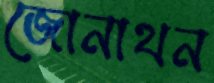
জোনাথন